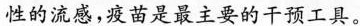
性的流感，疫苗是最主要的干预工具。